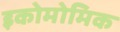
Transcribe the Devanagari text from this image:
इकोमोमिक